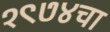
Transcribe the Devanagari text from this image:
१९७४चा